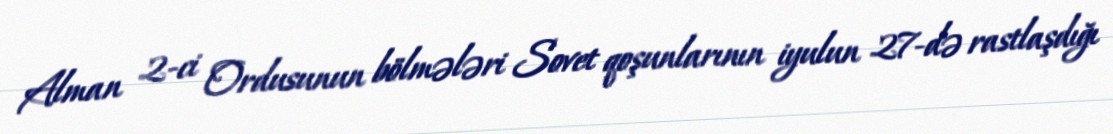
Alman 2-ci Ordusunun bölmələri Sovet qoşunlarının iyulun 27-də rastlaşdığı